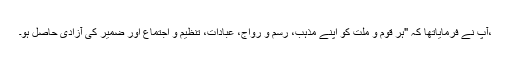
،آپ نے فرمایاتھا کہ "ہر قوم و ملت کو اپنے مذہب، رسم و رواج، عبادات، تنظیم و اجتماع اور ضمیر کی آزادی حاصل ہو۔